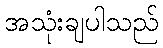
အသုံးချပါသည်